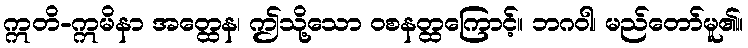
ဣတိ-ဣမိနာ အတ္ထေန၊ ဤသို့သော ဝစနတ္ထကြောင့်။ ဘဂဝါ၊ မည်တော်မူ၏။